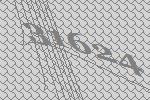
31624